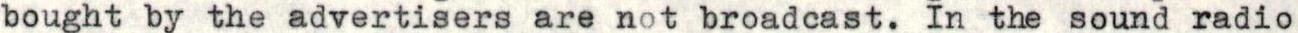
bought by the advertisers are not broadcast. In the sound radio